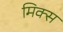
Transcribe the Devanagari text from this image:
मिक्‍स